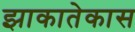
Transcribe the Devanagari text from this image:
झाकातेकास